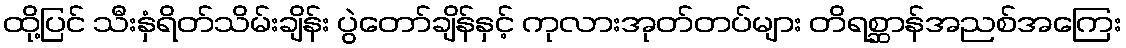
ထို့ပြင် သီးနှံရိတ်သိမ်းချိန်း ပွဲတော်ချိန်နှင့် ကုလားအုတ်တပ်များ တိရစ္ဆာန်အညစ်အကြေး